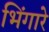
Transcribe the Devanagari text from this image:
भिंगारे